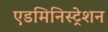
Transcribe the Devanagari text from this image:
एडमिनिस्ट्रेशन